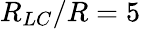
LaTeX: R_{LC}/R=5